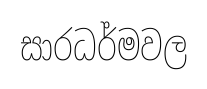
සාරධර්මවල